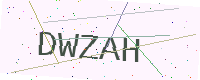
Text: DWZAH